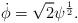
LaTeX: \begin{align*} \dot{\phi}=\sqrt{2}\psi^{\frac{1}{2}}.\end{align*}